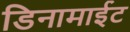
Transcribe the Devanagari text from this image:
डिनामाईट